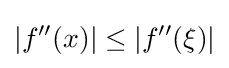
\left|f''(x)\right|\leq \left|f''(\xi )\right|